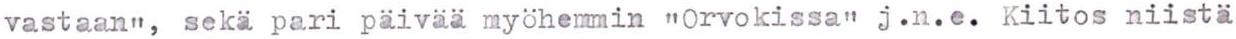
vastaan", sekä pari päivää myöhemmin "Orvokissa" j.n.e.  Kiitos niistä